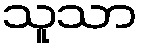
သူသာ